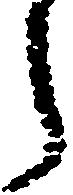
之